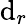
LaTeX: \mathrm{d}_{r}